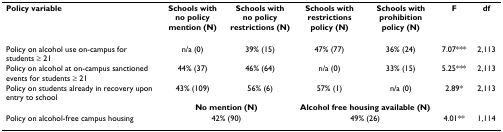
<table><thead><tr><td><b>Policy variable</b></td><td><b>Schools with no policy mention (N)</b></td><td><b>Schools with no policy restrictions (N)</b></td><td><b>Schools with restrictions policy (N)</b></td><td><b>Schools with prohibition policy (N)</b></td><td><b>F</b></td><td><b>df</b></td></tr></thead><tbody><tr><td>Policy on alcohol use on-campus for students ≥ 21</td><td>n/a (0)</td><td>39% (15)</td><td>47% (77)</td><td>36% (24)</td><td>7.07***</td><td>2,113</td></tr><tr><td>Policy on alcohol at on-campus sanctioned events for students ≥ 21</td><td>44% (37)</td><td>46% (64)</td><td>n/a (0)</td><td>33% (15)</td><td>5.25***</td><td>2,113</td></tr><tr><td>Policy on students already in recovery upon entry to school</td><td>43% (109)</td><td>56% (6)</td><td>57% (1)</td><td>n/a (0)</td><td>2.89*</td><td>2,113</td></tr><tr><td></td><td colspan="2"><b>No mention (N)</b></td><td colspan="2"><b>Alcohol free housing available (N)</b></td><td></td><td></td></tr><tr><td>Policy on alcohol-free campus housing</td><td colspan="2">42% (90)</td><td colspan="2">49% (26)</td><td>4.01**</td><td>1,114</td></tr></tbody></table>